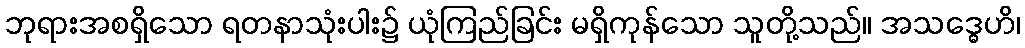
ဘုရားအစရှိသော ရတနာသုံးပါး၌ ယုံကြည်ခြင်း မရှိကုန်သော သူတို့သည်။ အသဒ္ဓေဟိ၊